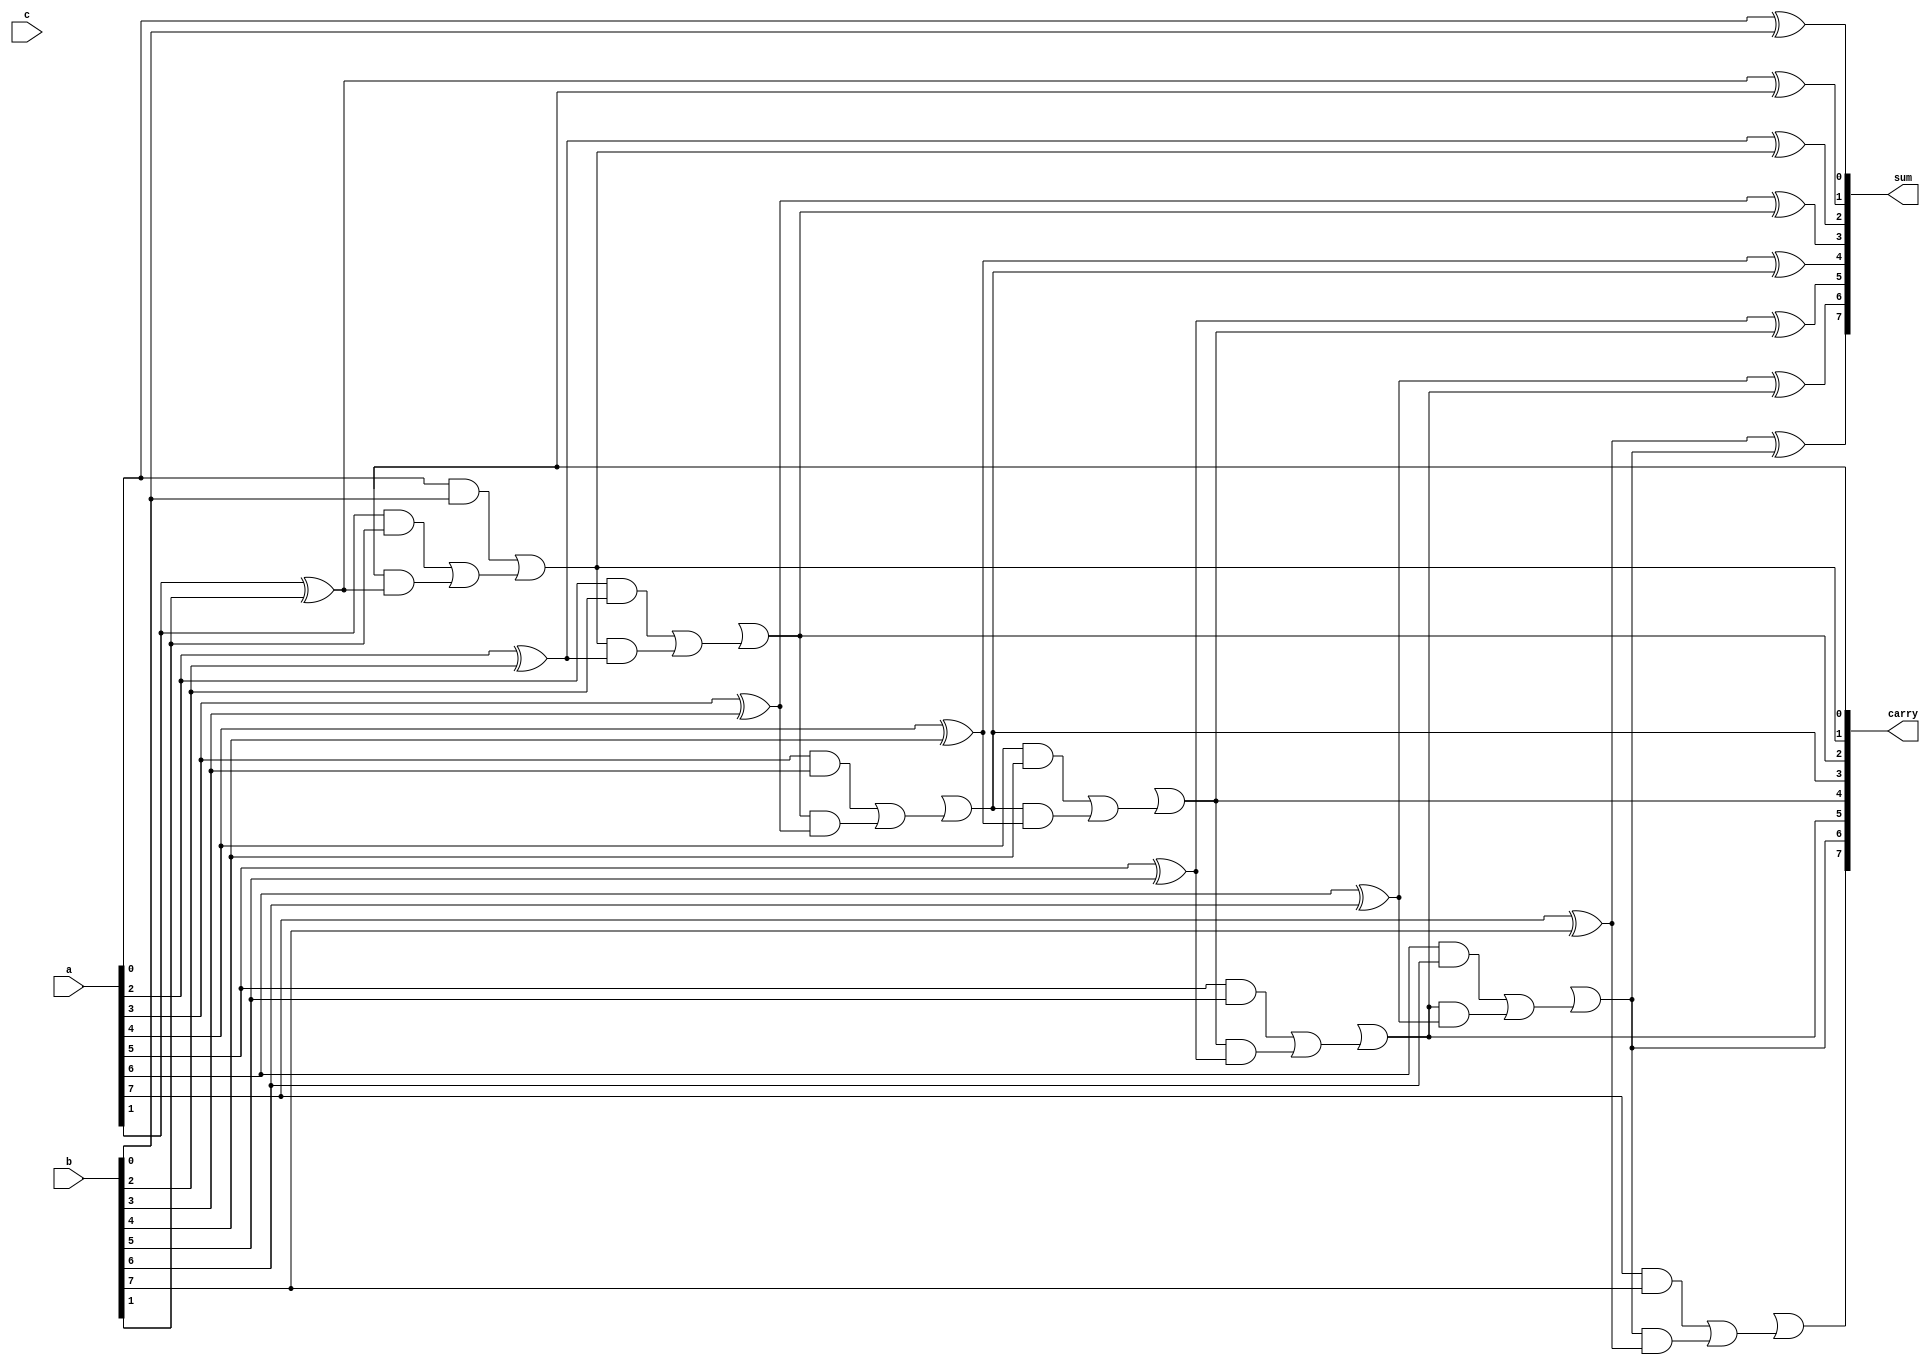
module DynamicCSA #(parameter N = 8) (
    input  [N-1:0] a,       // First input
    input  [N-1:0] b,       // Second input
    input  [N-1:0] c,       // Third input (optional, can be extended)
    output [N-1:0] sum,     // Sum output
    output [N-1:0] carry     // Carry output
);

    // Internal wires for half and full adders
    wire [N-1:0] ha_sum, ha_carry;  // Half adder outputs
    wire [N-1:0] fa_sum, fa_carry;  // Full adder outputs
    wire [N:0] carry_out;            // Carry out (N+1 bits for propagation)

    // Half Adder for a and b
    assign ha_sum[0] = a[0] ^ b[0];
    assign ha_carry[0] = a[0] & b[0];

    // Full Adders for the remaining bits
    genvar i;
    generate
        for (i = 1; i < N; i = i + 1) begin : full_adders
            assign fa_sum[i] = a[i] ^ b[i] ^ carry_out[i - 1];
            assign fa_carry[i] = (a[i] & b[i]) | (carry_out[i - 1] & (a[i] ^ b[i]));
            assign carry_out[i] = ha_carry[i - 1] | fa_carry[i];
        end
    endgenerate

    // Final outputs
    assign sum = {fa_sum[N-1:1], ha_sum[0]};
    assign carry = carry_out[N-1:0];

endmodule